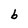
Character: b